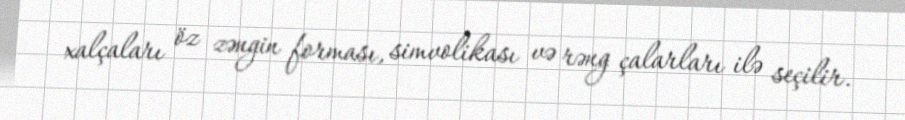
xalçaları öz zəngin forması, simvolikası və rəng çalarları ilə seçilir.